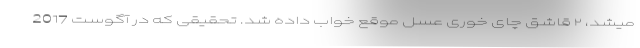
میشد، ۲ قاشق چای خوری عسل موقع خواب داده شد. تحقیقی که در آگوست 2017